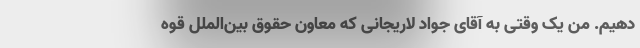
دهیم. من یک وقتی به آقای جواد لاریجانی که معاون حقوق بین‌الملل قوه